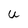
Character: u